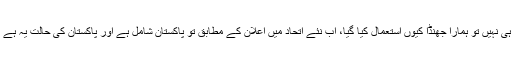
ہم نے اعتراض کیا کہ جب ہم اس اتحاد میں شامل ہی نہیں تو ہمارا جھنڈا کیوں استعمال کیا گیا، اب نئے اتحاد میں اعلان کے مطابق تو پاکستان شامل ہے اور پاکستان کی حالت یہ ہے کہ نہ یہ اتحاد نگلا جا رہا ہے، نہ اگلا جا رہا ہے۔